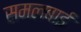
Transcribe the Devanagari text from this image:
समलबाई